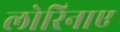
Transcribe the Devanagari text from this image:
लोरिनाए